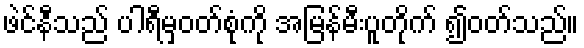
ဖဲင်နီသည် ပါရီမှဝတ်စုံကို အမြန်မီးပူတိုက် ၍ဝတ်သည်။